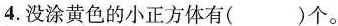
4.没涂黄色的小正方体有( )个。